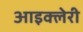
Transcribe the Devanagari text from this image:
आइक्लेरी